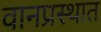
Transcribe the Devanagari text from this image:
वानप्रस्थात